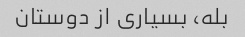
بله، بسیاری از دوستان